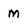
Character: M